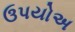
ઉપયોઅ